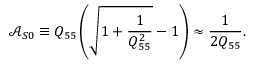
\mathcal { A } _ { S 0 } \equiv Q _ { 5 5 } \left( \sqrt { 1 + \frac { 1 } { Q _ { 5 5 } ^ { 2 } } } - 1 \right) \approx \frac { 1 } { 2 Q _ { 5 5 } } .